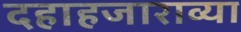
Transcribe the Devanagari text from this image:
दहाहजाराव्या